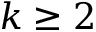
k \geq 2